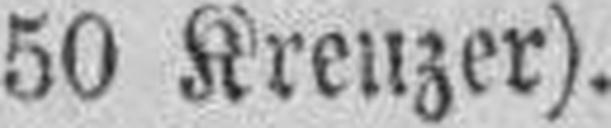
50 Kreuzer).